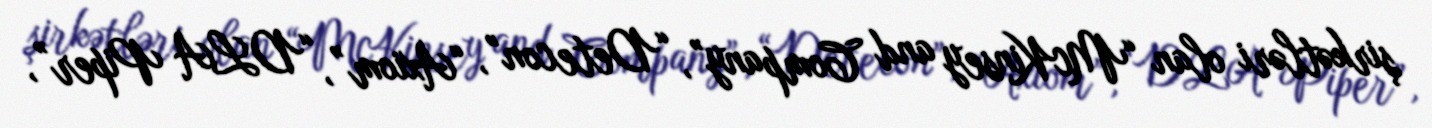
şirkətləri olan “McKinsey and Company”, “Detecon”, “Axiom”, “DLA Piper”,